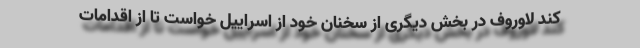
کند لاوروف در بخش دیگری از سخنان خود از اسراییل خواست تا از اقدامات